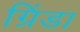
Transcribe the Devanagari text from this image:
ग्रिंडा